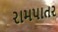
રામપાતર